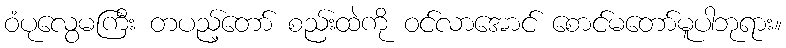
ဝံပုလွေမကြီး တပည့်တော် စည်းထဲကို ဝင်လာအောင် စောင်မတော်မူပါဘုရား။